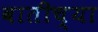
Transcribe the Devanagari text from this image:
वातीच्या